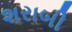
શરાબી